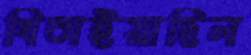
থিতাইয়াছিল